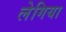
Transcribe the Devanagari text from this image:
लेगिया